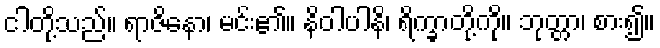
ငါတို့သည်။ ရာဇိနော၊ မင်း၏။ နိဝါပါနိ၊ ရိက္ခာတို့ကို။ ဘုတ္တာ၊ စား၍။